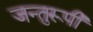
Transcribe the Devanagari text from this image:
जन्तुरूपी